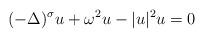
LaTeX: \begin{align*}(-\Delta)^\sigma u+\omega^2 u-|u|^2 u=0\end{align*}